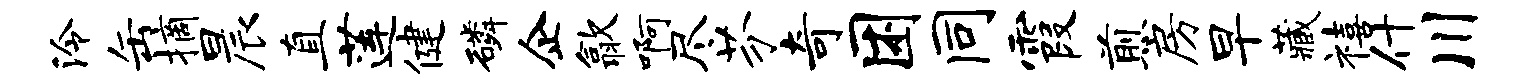
泠缶摘晨直莲健磷企歙啊尽芬奇困同霞煎房早藏禧什川